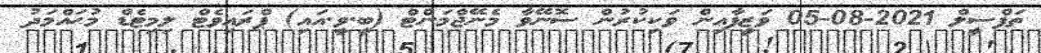
ތަފްސީލް 2021-08-05 ވަޒީފާއިން ވަކިކުރުން ސޮނޭވާ މެނޭޖްމަންޓް (ބީ.ވީ.އައި) ޕްރައިވެޓް ލިމިޓެޑް މުޙައްމަދު